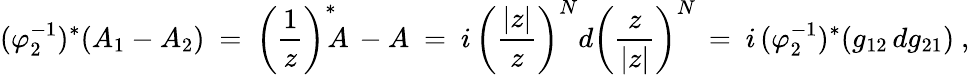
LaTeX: (\varphi_{2}^{-1})^{\ast}(A_{1}-A_{2})\ =\ \left(\frac{1}{z}\right)^{\ast}\! \! A\, -A\ =\ i\, \left(\frac{|z|}{z}\right)^{N}d\left(\frac{z}{|z|}\right)^{N}\, =\ i\, (\varphi_{2}^{-1})^{\ast}(g_{12}\, dg_{21})\ ,